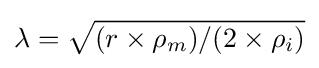
\lambda ={\sqrt {(r\times \rho _{m})/(2\times \rho _{i})}}